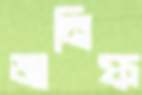
জানিফ